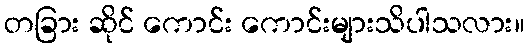
တခြား ဆိုင် ကောင်း ကောင်းများသိပါသလား။